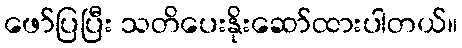
ဖော်ပြပြီး သတိပေးနိုးဆော်ထားပါတယ်။